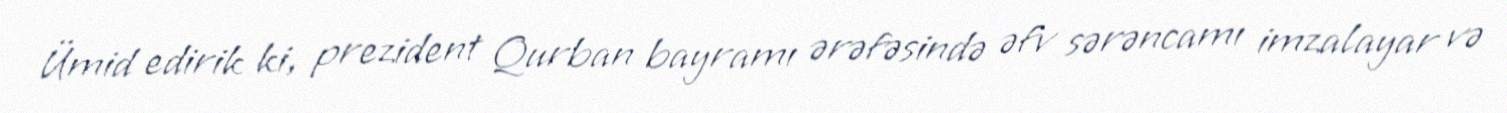
Ümid edirik ki, prezident Qurban bayramı ərəfəsində əfv sərəncamı imzalayar və